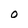
Character: 0